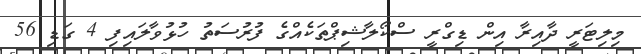
މިލިޓަރީ ދާއިރާ އިން ޑިގްރީ ސްކޯލާޝިޕްތަކެއްގެ ފުރުސަތު ހުޅުވާލައިފި 4 ގަޑި 56